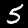
Digit: 5